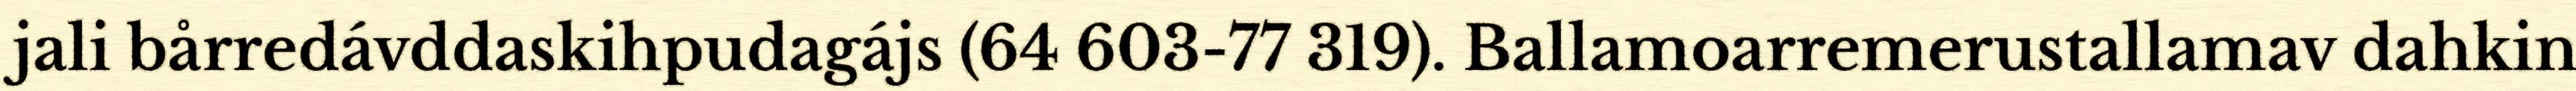
jali bårredávddaskihpudagájs (64 603-77 319). Ballamoarremerustallamav dahkin